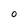
Character: O